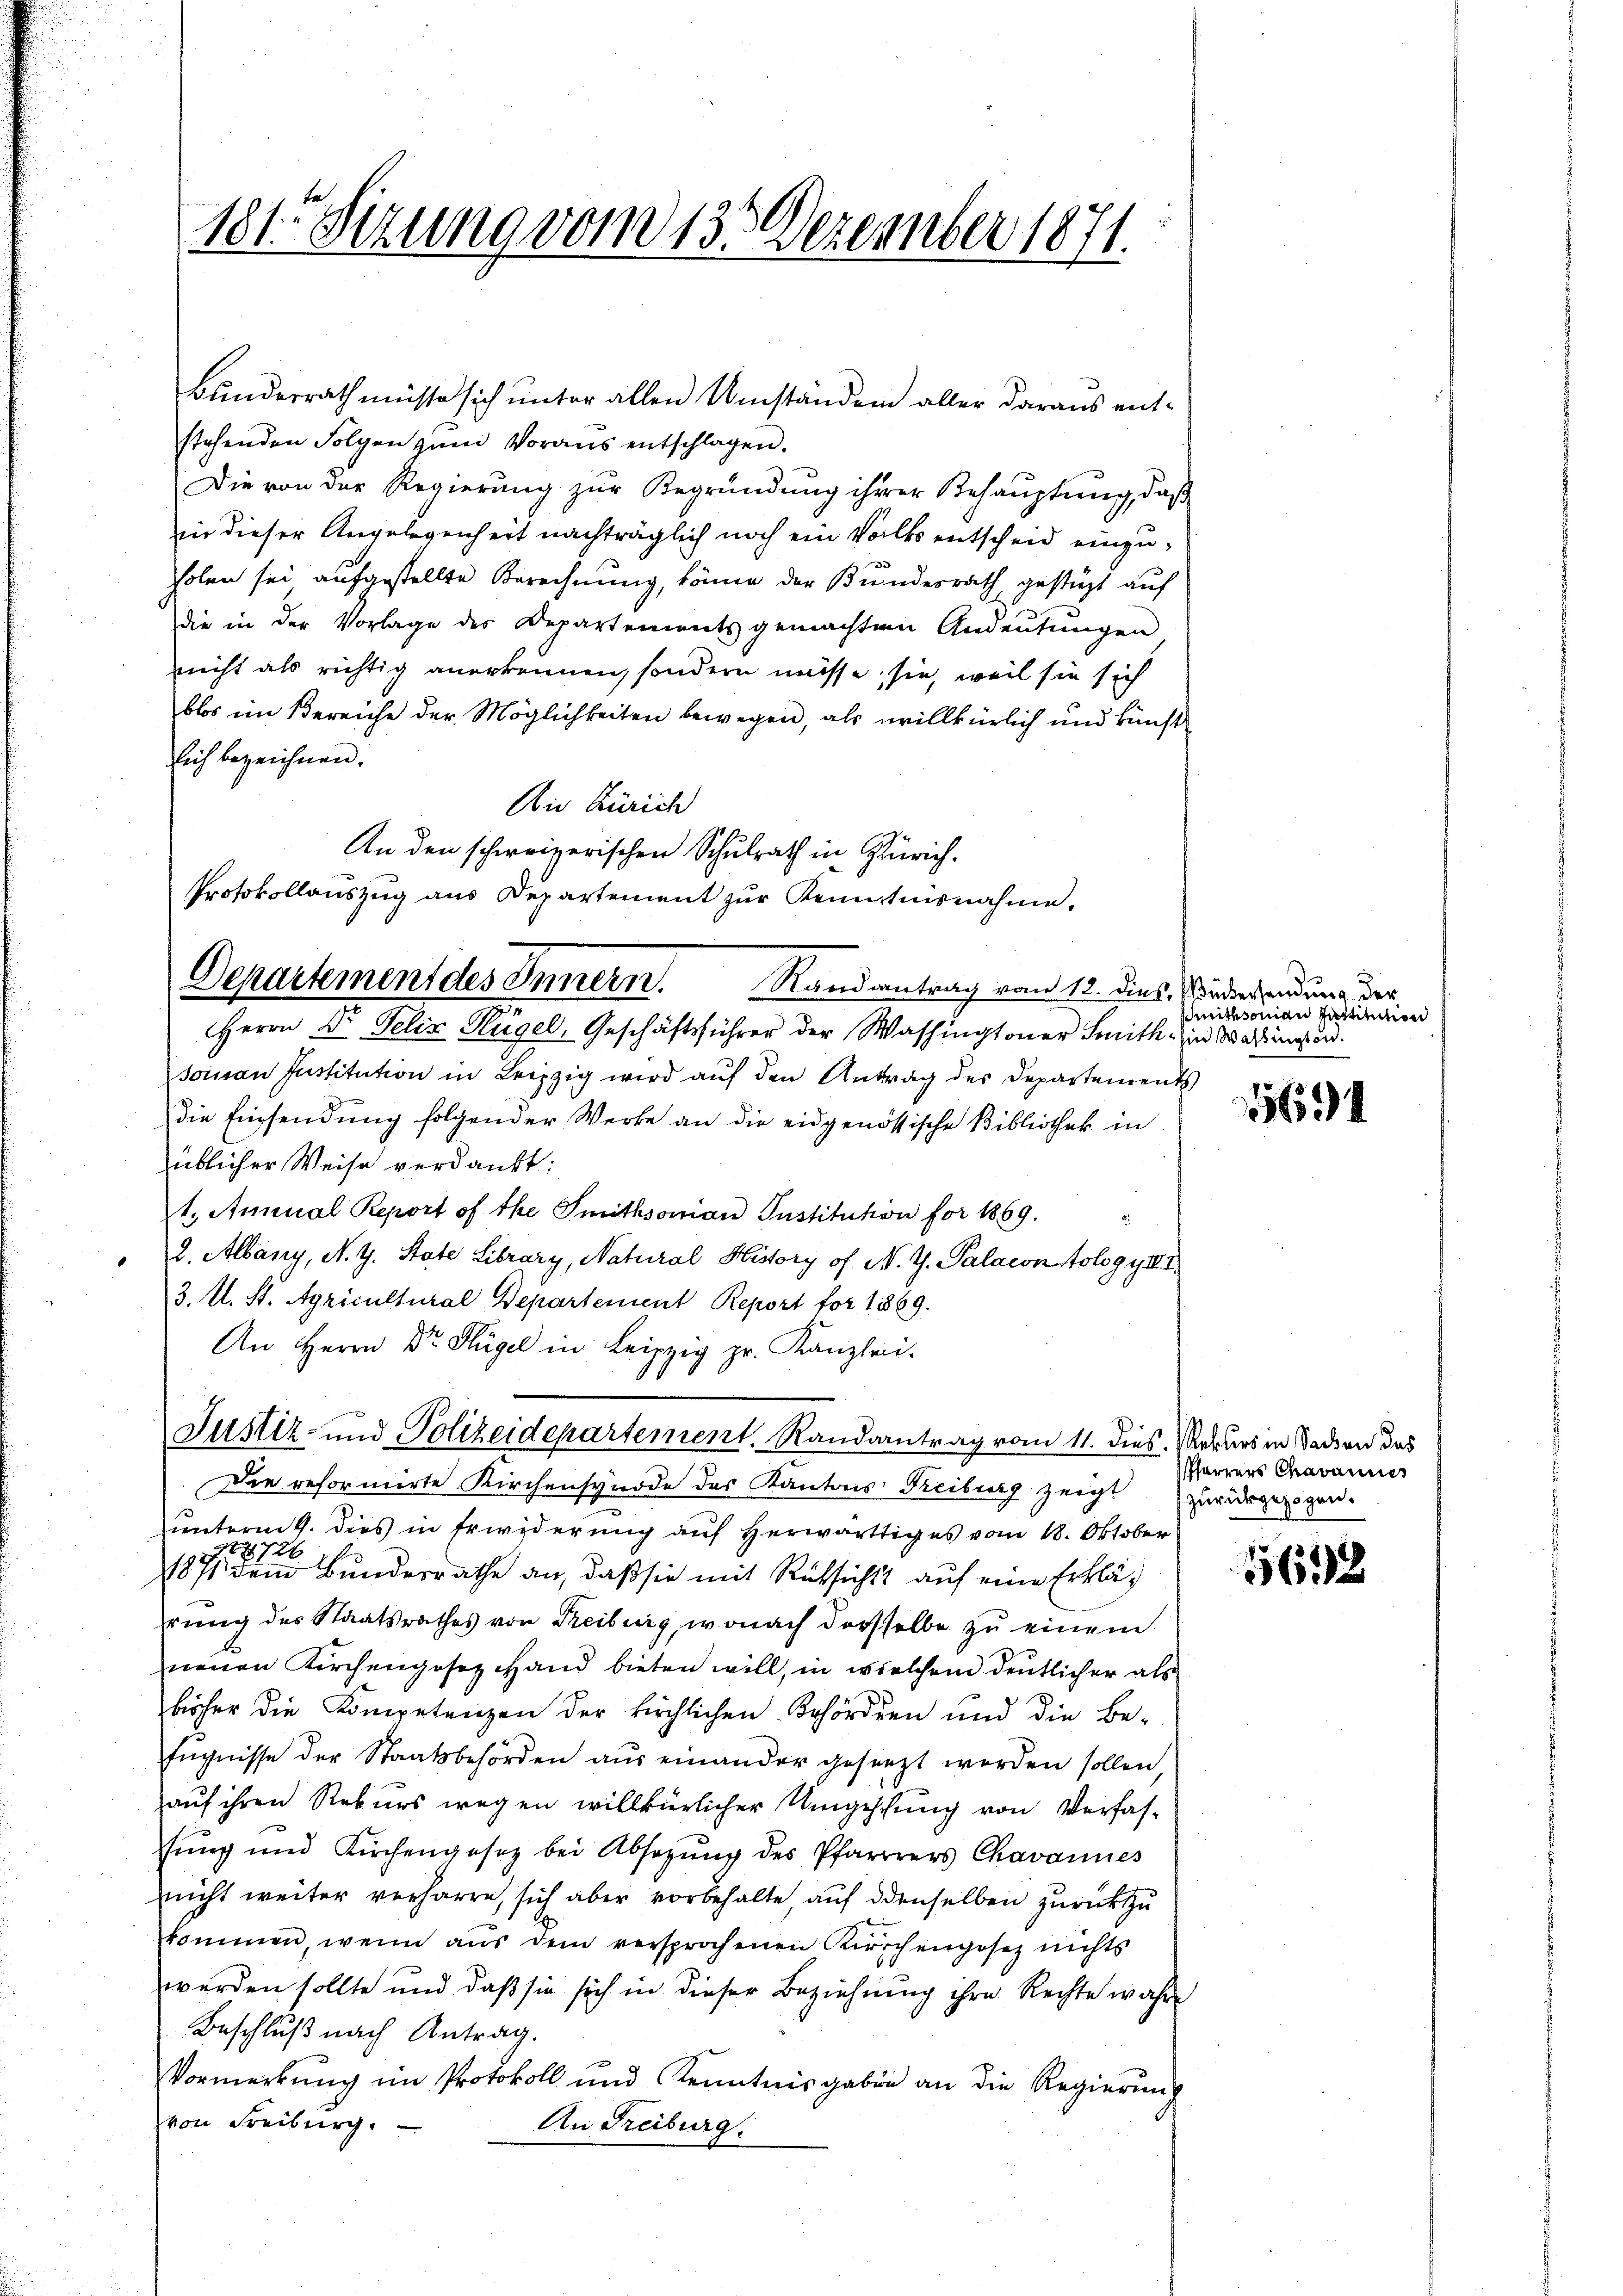
Bundesrath müsse sich unter allen Umständein aller daraus entstehenden Folgen zŭm Voraus entschlagen.
Die von der Regierung zur Begründung ihrer Behaŭptŭng, daβ
in dieser Angelegenheit nachträglich noch ein Volks entscheid einzuholen sei aufgestellte Berechnung, könne der Bundesrath, gestüzt auf
die in der Vorlage des Departements gemachten Andeŭtŭngen
nicht als richtig anerkennen, sondern müsse, sie, weil sie sich
blos im Bereiche der Möglichkeiten bewegen, als willkürlich und künft
sich bezeichnen.
Die Zürich
An den schweizerischen Schulrath in Zürich.
Protokollauszug aus Departement zur Kenntnisnahme.

181. Sizung vom 13. Dezember 1871.

Departement des Innern Randantrag vom 12. dies. Widersendung der
Herrn Dr Felix Hügel, Geschäftsführer der Washingtoner Smithin Salingt od.

Justiz- und Polizeidepartement. Randantrag vom 11. dies. Rekurs in Sachen das

soinau Institution in Leipzig wird auf den Antrag des Departements
die Einsendung folgender Werke an die eidgenössische Bibliothek in
üblicher Weise verdankt:
1. Annual Report of the Smithsonian Justitution for 1869.
2. Albany, N. G. State Library, Natural History of N. Z. Palacon tolgyIII
3. U. St. Agricultural Departement Report for 1869.
An Herrn Dr. Hügel in Leipzig pr. Kanzlei.
Die reformirte Kirchensynode des Kantons Freiburg zeigt zurückgezogen.
unterm 9. dies in Erwiderung auf herwärtiges vom 18. Oktober
124726
1871 dem Bundesrathe an, daß sie mit Rücksicht auf eine Erklärung des Staatsrathes von Treiburg, wonach derselbe zu einem
neuen Kirchengesez Hand bieten will, in welchem deutlicher als
bisher die Kompetenzen der kirchlichen Behördern und die Be-
fŭgnisse der Staatsbehörden aus einander gesezt worden sollen,
auf ihren Rekurs wegen willkürlicher Umgehung von Verfasstung und Kirchengesetz bei Absetzŭng des Pfarrrers Chavannes
nicht weiter verharre, sich aber vorbehalte, auf denselben zurückzu
kommen, wenn aŭs dem versprochenen Kirchengesez nichts
werden sollte und daß sie sich in dieser Beziehung ihre Rechte wahre
Beschluß nach Antrag.
Vormerkŭng im Protokoll und Kenntnisgaben an die Regierŭng
von Freiburg.
An Freiburg.

Smithsonian Justinction

5694

Pfarrers Chavannes

5612